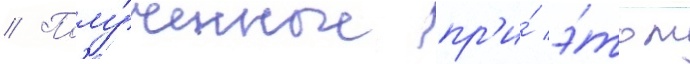
// Полу́ченные пр'и́ э́том